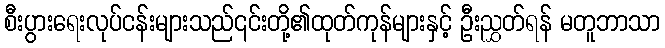
စီးပွားရေးလုပ်ငန်းများသည်၎င်းတို့၏ထုတ်ကုန်များနှင့် ဦးညွှတ်ရန် မတူဘာသာ